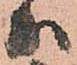
か